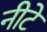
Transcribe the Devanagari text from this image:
नीटे